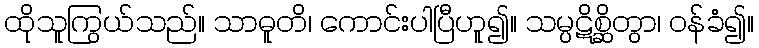
ထိုသူကြွယ်သည်။ သာဓူတိ၊ ကောင်းပါပြီဟူ၍။ သမ္ပဋိစ္ဆိတွာ၊ ဝန်ခံ၍။